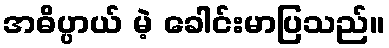
အဓိပ္ပာယ် မဲ့ ခေါင်းမာပြသည်။